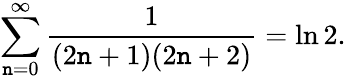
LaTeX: \sum_{\mathtt{n}=0}^{\infty}{\frac{{1}}{{(2\mathtt{n}+1)(2\mathtt{n}+2)}}}=\ln2.